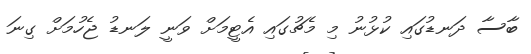
ބާސާ ދަނޑުގައި ކުޅުނު މި މެޗުގައި އެޓީމަށް ވަނީ ލަނޑު ޖެހުމަށް ގިނަ